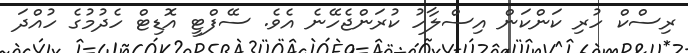
ރިސްކް ހުރި ކަންކަން އިސްލާހު ކުރަންޖެހޭނެ އެވެ. ސޭފްޓީ އޮޑިޓް ހެދުމުގެ ހުއްދަ